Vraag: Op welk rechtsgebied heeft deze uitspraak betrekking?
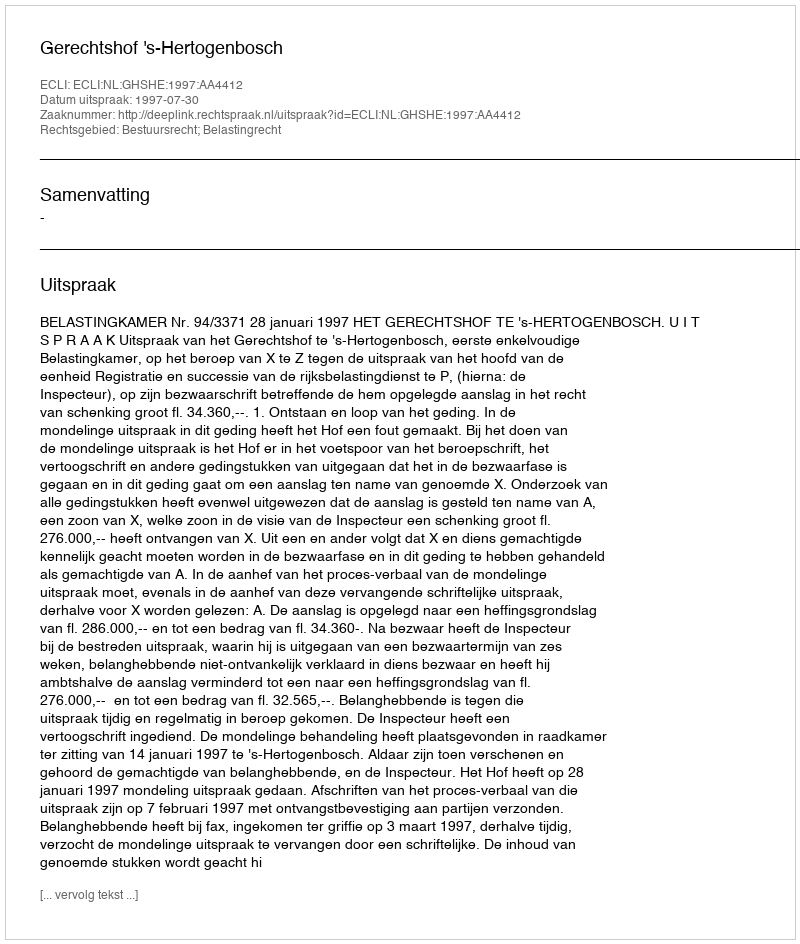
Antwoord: Bestuursrecht; Belastingrecht